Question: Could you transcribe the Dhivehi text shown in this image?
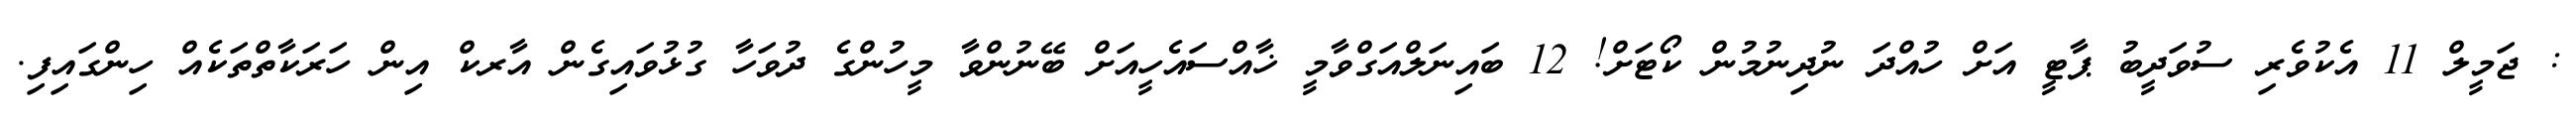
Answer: : ޖަމީލް 11 އެކުވެރި ސުވަދީބު ޕާޓީ އަށް ހުއްދަ ނުދިނުމުން ކޯޓަށް! 12 ބައިނަލްއަގްވާމީ ޚާއްސައެހީއަށް ބޭނުންވާ މީހުންގެ ދުވަހާ ގުޅުވައިގެން އާރކް އިން ހަރަކާތްތަކެއް ހިންގައިފި.